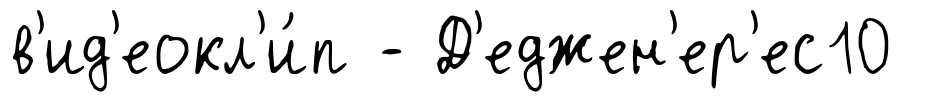
в'ид'еокл'и́п - Д'еджен'ер'ес10